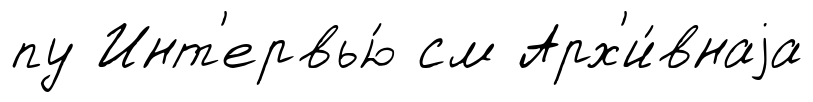
пу Инт'ервью́ см Арх'и́внаjа